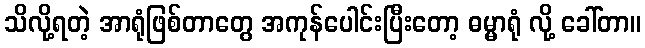
သိလို့ရတဲ့ အာရုံဖြစ်တာတွေ အကုန်ပေါင်းပြီးတော့ ဓမ္မာရုံ လို့ ခေါ်တာ။